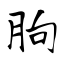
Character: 朐